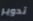
تدوير